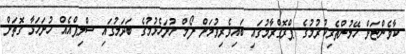
ކާވެންޏަށް ހޭލުންތެރިކުރުމުގެ ޕްރޮގްރާމުގައި ބައިވެރިވުމަށް ފޯމް ހުށަހެޅުމުގެ ބަދަލުގައި ސްލިޕްއެއް ހުށަހަޅާ ގޮތަށް